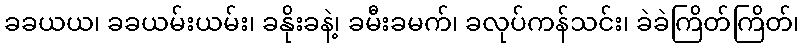
ခခယယ၊ ခခယမ်းယမ်း၊ ခနိုးခနဲ့၊ ခမီးခမက်၊ ခလုပ်ကန်သင်း၊ ခဲခဲကြိတ်ကြိတ်၊